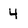
Character: 4